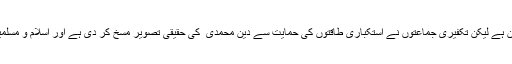
اسلام امن و آشتی اور تحفظ کا دین ہے لیکن تکفیری جماعتوں نے استکباری طاقتوں کی حمایت سے دین محمدی ؐ کی حقیقی تصویر مسخ کر دی ہے اور اسلام و مسلمین کو جہان میں بدنام کر دیا ہے۔